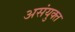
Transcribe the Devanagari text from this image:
असंयुक्‍त